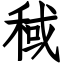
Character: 稢